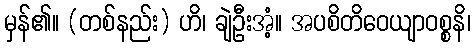
မှန်၏။ (တစ်နည်း) ဟိ၊ ချဲဦးအံ့။ အပစိတိဝေယျာဝစ္စနိ၊